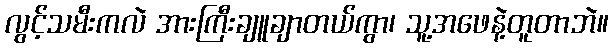
လွင့်သမီးကလဲ အားကြီးချူချာတယ်ကွာ၊ သူ့အဖေနဲ့တူတာဘဲ။